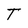
Character: T